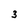
Character: 3